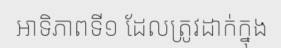
អាទិភាពទី១ ដែលត្រូវដាក់ក្នុង